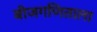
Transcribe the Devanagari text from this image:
बीजगणिताला